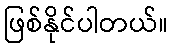
ဖြစ်နိုင်ပါတယ်။